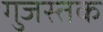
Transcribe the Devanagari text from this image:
गुजस्तक